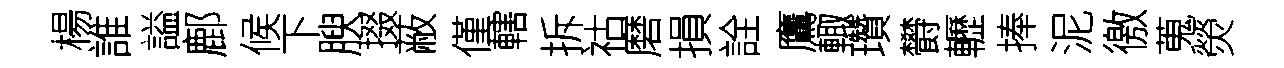
楊誰謚鄜候下腴掇蔽僅轄拆祜磨損詮鷹輙瓚欎轣捧泥徼蒐熒